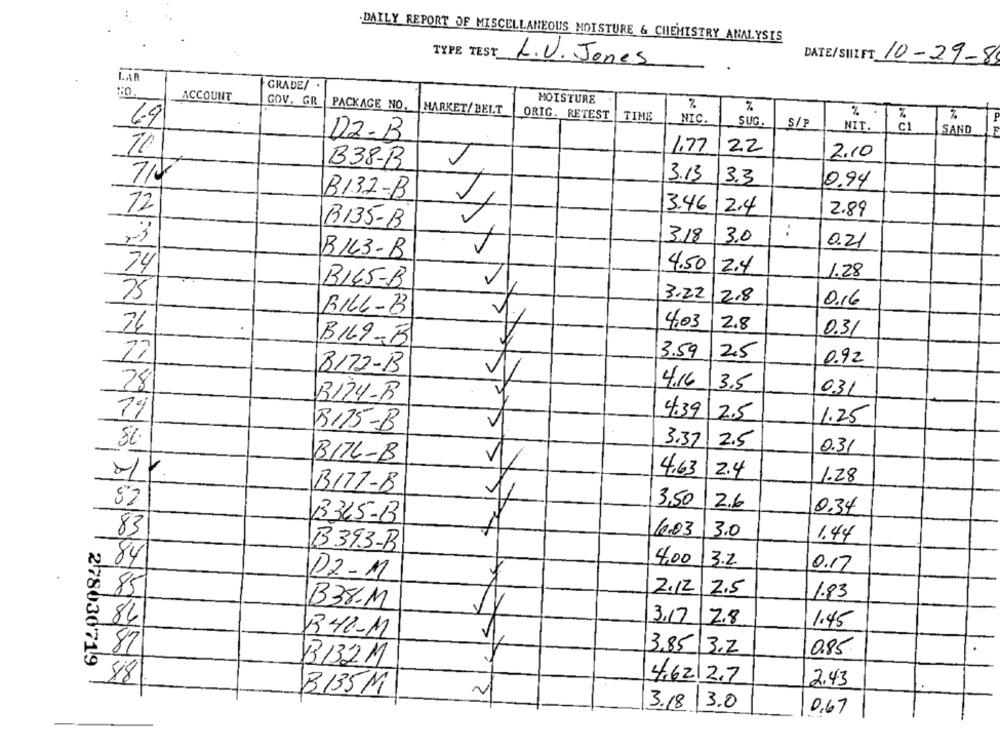
.DAILY REPORT OF MISCELLANEOUS MOISTURE & CHEMISTRY ANALYSIS
TYPE TEST
DATE/SHIFT 10-29-8
L.V. Jones
LAP
GRADE/ .
ACCOUNT
GOV. GR
MOISTURE
%
PACKAGE NO.
MARKET/ BELT
% .
ORIG. RETEST
TIME
NIC.
69
SUG.
S/P
NIT.
C1
SAND
D2-B
1.77
22
2.10
B38-B
3.13
3.3
0.94
B137-B
72
3.46
12.4
2.89
B135-B
X
3.18
3.0
0.21
B143- B
74
4.50 2.4
1.28
BIG5-B
75
3.22
2.8
0.16
BILL-B
26
4.03
2.8
0.31
B169-5
27
3.59
2.5
0.92
8172-1B
1
4.16
28
3.5
031
B124-B
4.39
79
2.5
1.25
B175-B
SC
3.37
2.5
0.31
B176-B
1
4.63
2.4
1.28
B177-B
82
3,50
2.6
0,34
13365-8
83
12.03
3.0
1.44
B 393-B
4,00
3.2
84
0.17
PZ-M
2.12
2.5
85
1.83
B38-M
8 84
3.17
2.8
1.45
1341-M
2 87
3,85 3.2
0.85
B132M
4,62|2.7
2.43
B135M
3.18
13.0
0,67
-